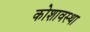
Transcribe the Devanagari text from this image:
कोशावस्था